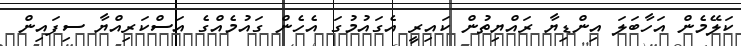
ކަލޭމެން އަހާބަލަ އިންޑިޔާ ރައްޔިތުން ކައިރީ އެގައުމުގަ އެހެން ގައުމެއްގެ އަސްކަރިއްޔާ ސިފައިން